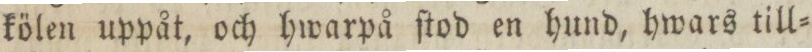
kölen uppåt, och hwarpå ſtod en hund, hwars till=